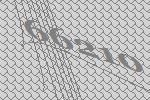
66210